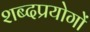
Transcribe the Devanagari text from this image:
शब्दप्रयोगों